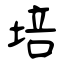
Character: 培